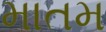
માતમ